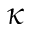
\kappa